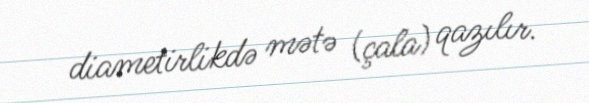
diametirlikdə mətə (çala) qazılır.